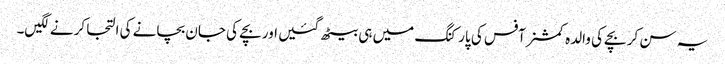
یہ سن کر بچے کی والدہ کمشنر آفس کی پارکنگ میں ہی بیٹھ گئیں اور بچے کی جان بچانے کی التجا کرنے لگیں۔